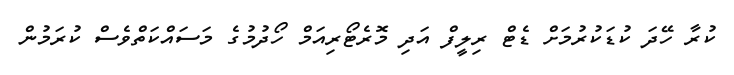
ކުރާ ހޭދަ ކުޑަކުރުމަށް ޑެޓް ރިލީފް އަދި މޮރެޓޯރިއަމް ހޯދުމުގެ މަސައްކަތްވެސް ކުރަމުން